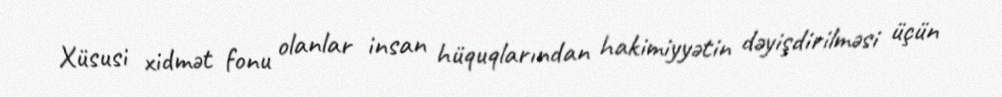
Xüsusi xidmət fonu olanlar insan hüquqlarından hakimiyyətin dəyişdirilməsi üçün